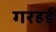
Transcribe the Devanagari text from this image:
गरहर्ड